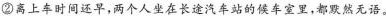
②离上车时间还早，两个人坐在长途汽车站的候车室里，都默然无语。